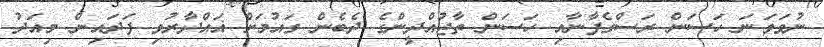
ނުވަވަނަ ހަސަން ރަސްގެފާނާއި ހަސަން ތާޖުއްދީންގެ ދެބެން ގައުމަށް ޣައްދާރުވި ފަދައިން މިއަދު